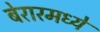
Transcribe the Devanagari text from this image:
बेरारमध्ये